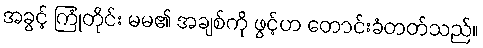
အခွင့် ကြုံတိုင်း မမ၏ အချစ်ကို ဖွင့်ဟ တောင်းခံတတ်သည်။